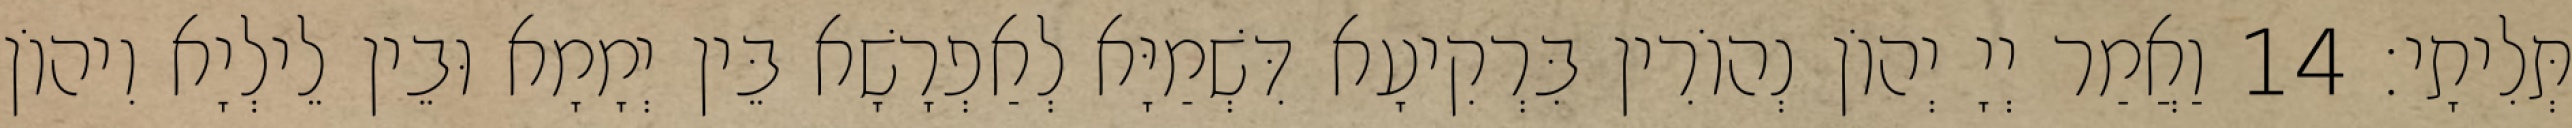
תְּלִיתָי׃ 14 וַאֲמַר יְיָ יְהוֹן נְהוֹרִין בִּרְקִיעָא דִּשְׁמַיָּא לְאַפְרָשָׁא בֵּין יְמָמָא וּבֵין לֵילְיָא וִיהוֹן